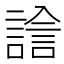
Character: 𧪃